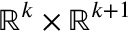
\mathbb { R } ^ { k } \times \mathbb { R } ^ { k + 1 }